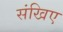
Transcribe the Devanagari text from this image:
संखिए